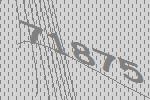
71875